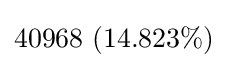
40968\ (14.823\%)